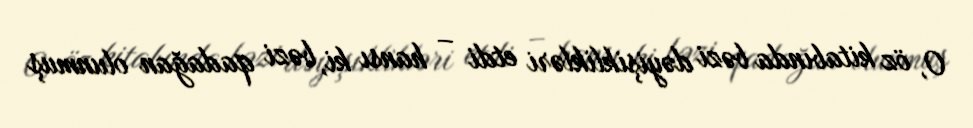
O, öz kitabında bəzi dəyişiklikləri etdi – hansı ki, bəzi qadağan olunmuş